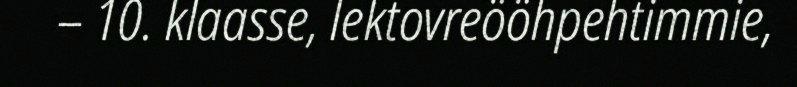
– 10. klaasse, lektovreööhpehtimmie,